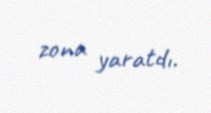
zona yaratdı.